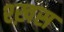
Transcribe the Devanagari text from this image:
श्ख़स